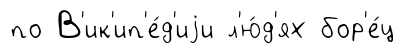
по В'ик'ип'е́д'иjи л'ю́д'ях бор'е́ц